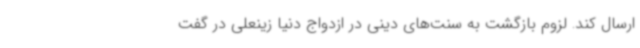
ارسال کند. لزوم بازگشت به سنت‌های دینی در ازدواج دنیا زینعلی در گفت